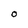
Character: O